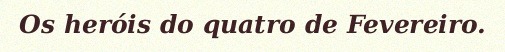
Os heróis do quatro de Fevereiro.